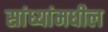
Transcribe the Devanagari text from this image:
सांध्यांमधील